Annual administration report of the Civil Veterinary Department of India - 1903-1904
Year: 1903
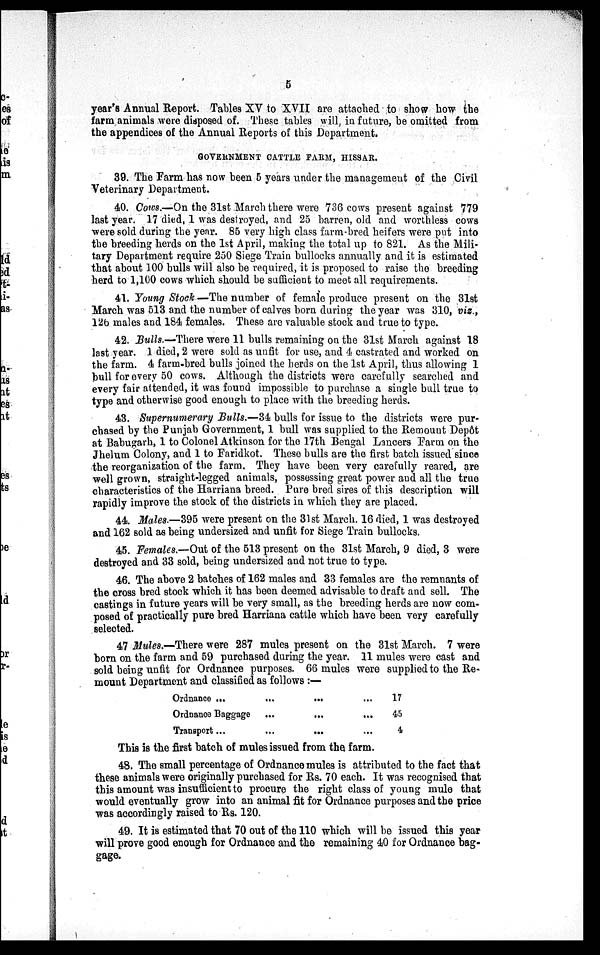
5
year's Annual Report. Tables XV to XVII are attached to show how the
farm animals were disposed of. These tables will, in future, be omitted from
the appendices of the Annual Reports of this Department.
GOVERNMENT CATTLE FARM, HISSAR.
39. The Farm has now been 5 years under the management of the Civil
Veterinary Department.
40. Cows.—On the 31st March there were 736 cows present against 779
last year. 17 died, 1 was destroyed, and 25 barren, old and worthless cows
were sold during the year. 85 very high class farm-bred heifers were put into
the breeding herds on the 1st April, making the total up to 821. As the Mili-
tary Department require 250 Siege Train bullocks annually and it is estimated
that about 100 bulls will also be required, it is proposed to raise the breeding
herd to 1,100 cows which should be sufficient to meet all requirements.
41. Young Stock — The number of female produce present on the 31st
March was 513 and the number of calves born during the year was 310, viz.,
126 males and 184 females. These are valuable stock and true to type.
42. Bulls.—There were 11 bulls remaining on the 31st March against 18
last year. 1 died, 2 were sold as unfit for use, and 4 castrated and worked on
the farm. 4 farm-bred bulls joined the herds on the 1st April, thus allowing 1
bull for every 50 cows. Although the districts were carefully searched and
every fair attended, it was found impossible to purchase a single bull true to
type and otherwise good enough to place with the breeding herds.
43. Supernumerary Bulls.—34 bulls for issue to the districts were pur-
chased by the Punjab Government, 1 bull was supplied to the Remount Dep6t
at Babugarh, 1 to Colonel Atkinson for the 17th Bengal Lancers Farm on the
Jhelum Colony, and 1 to Faridkot. These bulls are the first batch issued since
the reorganization of the farm. They have been very carefully reared, are
well grown, straight-legged animals, possessing great power and all the true
characteristics of the Harriana breed. Pure bred sires of this description will
rapidly improve the stock of the districts in which they are placed.
44. Males.—395 were present on the 31st March. 16 died, 1 was destroyed
and 162 sold as being undersized and unfit for Siege Train bullocks.
45. Females.—Out of the 513 present on the 31st March, 9 died, 3 were
destroyed and 33 sold, being undersized and not true to type.
46. The above 2 batches of 162 males and 33 females are the remnants of
the cross bred stock which it has been deemed advisable to draft and sell. The
castings in future years will be very small, as the breeding herds are now com-
posed of practically pure bred Harriana cattle which have been very carefully
selected.
47 Mules.—There were 287 mules present on the 31st March. 7 were
born on the farm and 59 purchased during the year. 11 mules were cast and
sold being unfit for Ordnance purposes. 66 mules were supplied to the Re-
mount Department and classified as follows:—
Ordnance ... ... ... ...
Ordnance Baggage ... ... ...
Transport ... ... ... ...
17
45
4
This is the first batch of mules issued from the farm.
48. The small percentage of Ordnance mules is attributed to the fact that
these animals were originally purchased for Rs. 70 each. It was recognised that
this amount was insufficient to procure the right class of young mule that
would eventually grow into an animal fit for Ordnance purposes and the price
was accordingly raised to Rs. 120.
49. It is estimated that 70 out of the 110 which will be issued this year
will prove good enough for Ordnance and the remaining 40 for Ordnance bag-
gage.